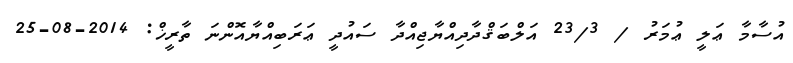
އުސާމާ ޢަލީ ޢުމަރު / 23/3 އަލްބަޤްދާދިއްޔާޖިއްދާ ސައުދީ ޢަރަބިއްޔާއޮންނަ ތާރީޚް: 2014-08-25